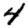
Digit: 4